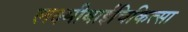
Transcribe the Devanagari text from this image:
लक्ष्मीबाईचिकित्सा